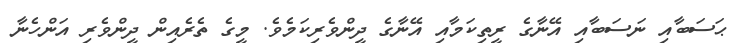
ޙަސަބާއި ނަސަބާއި އޭނާގެ ރީތިކަމާއި އޭނާގެ ދީންވެރިކަމެވެ. މީގެ ތެރެއިން ދީންވެރި އަންހެނާ